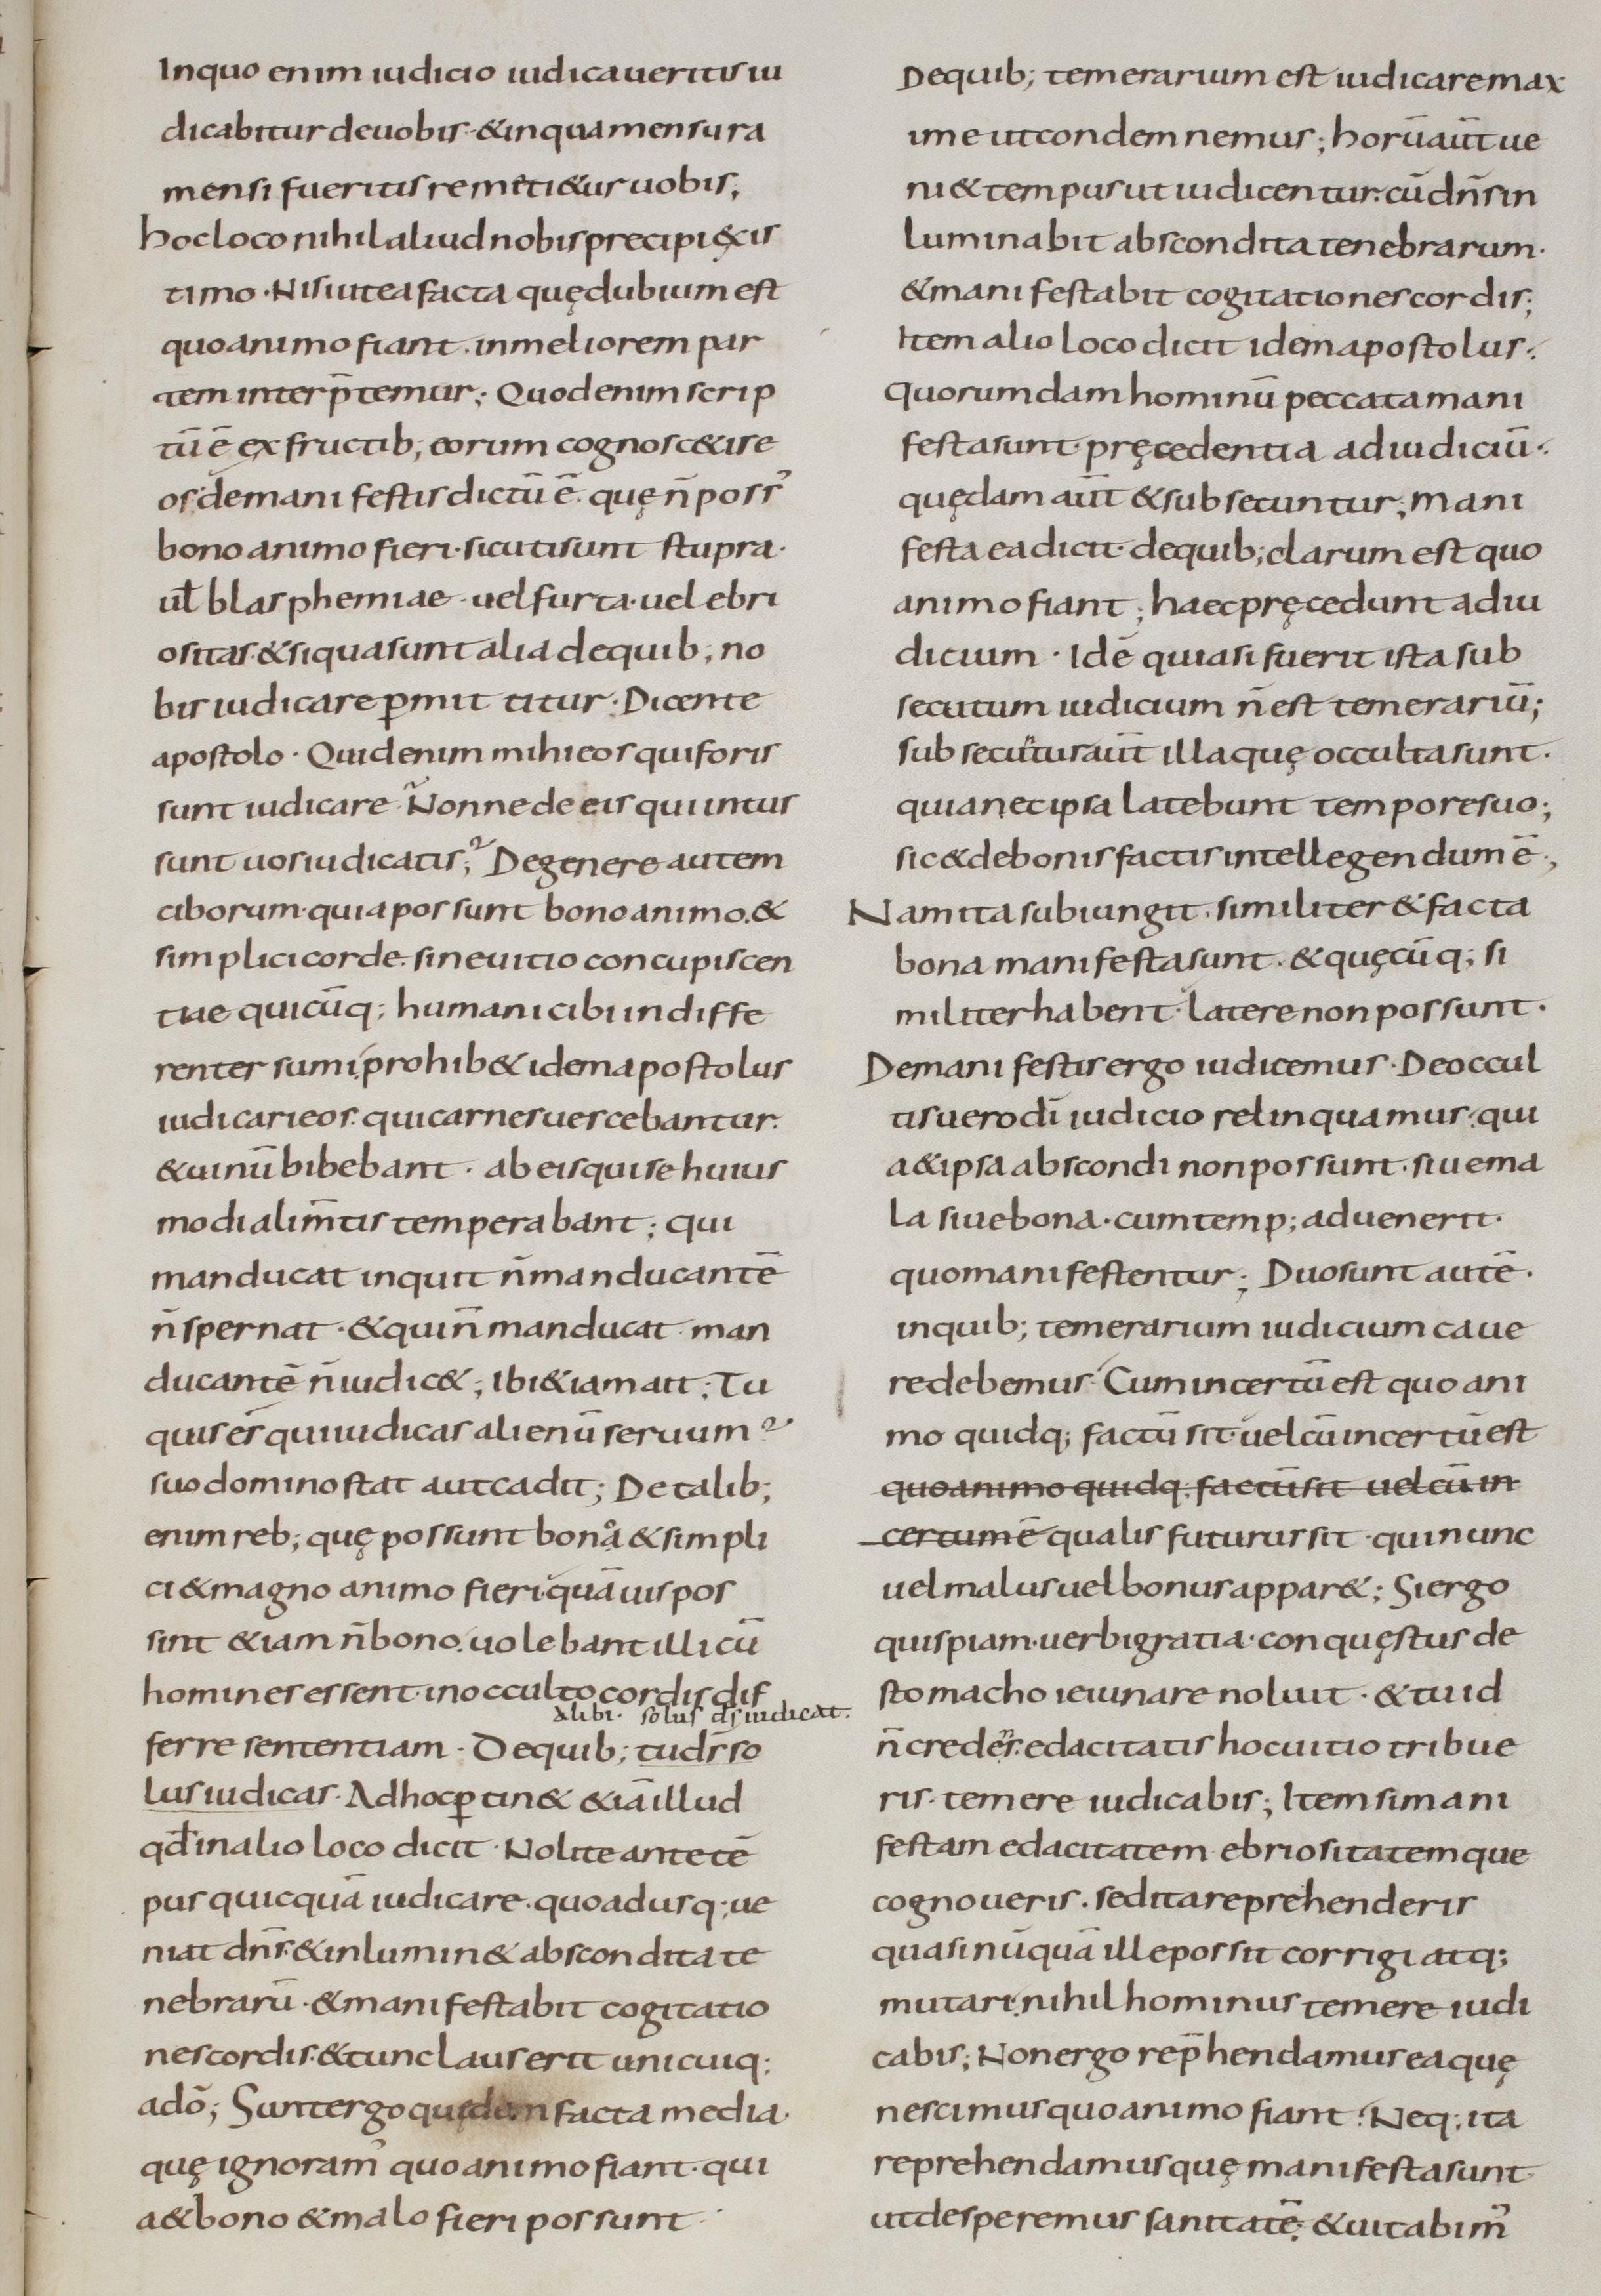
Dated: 800–899